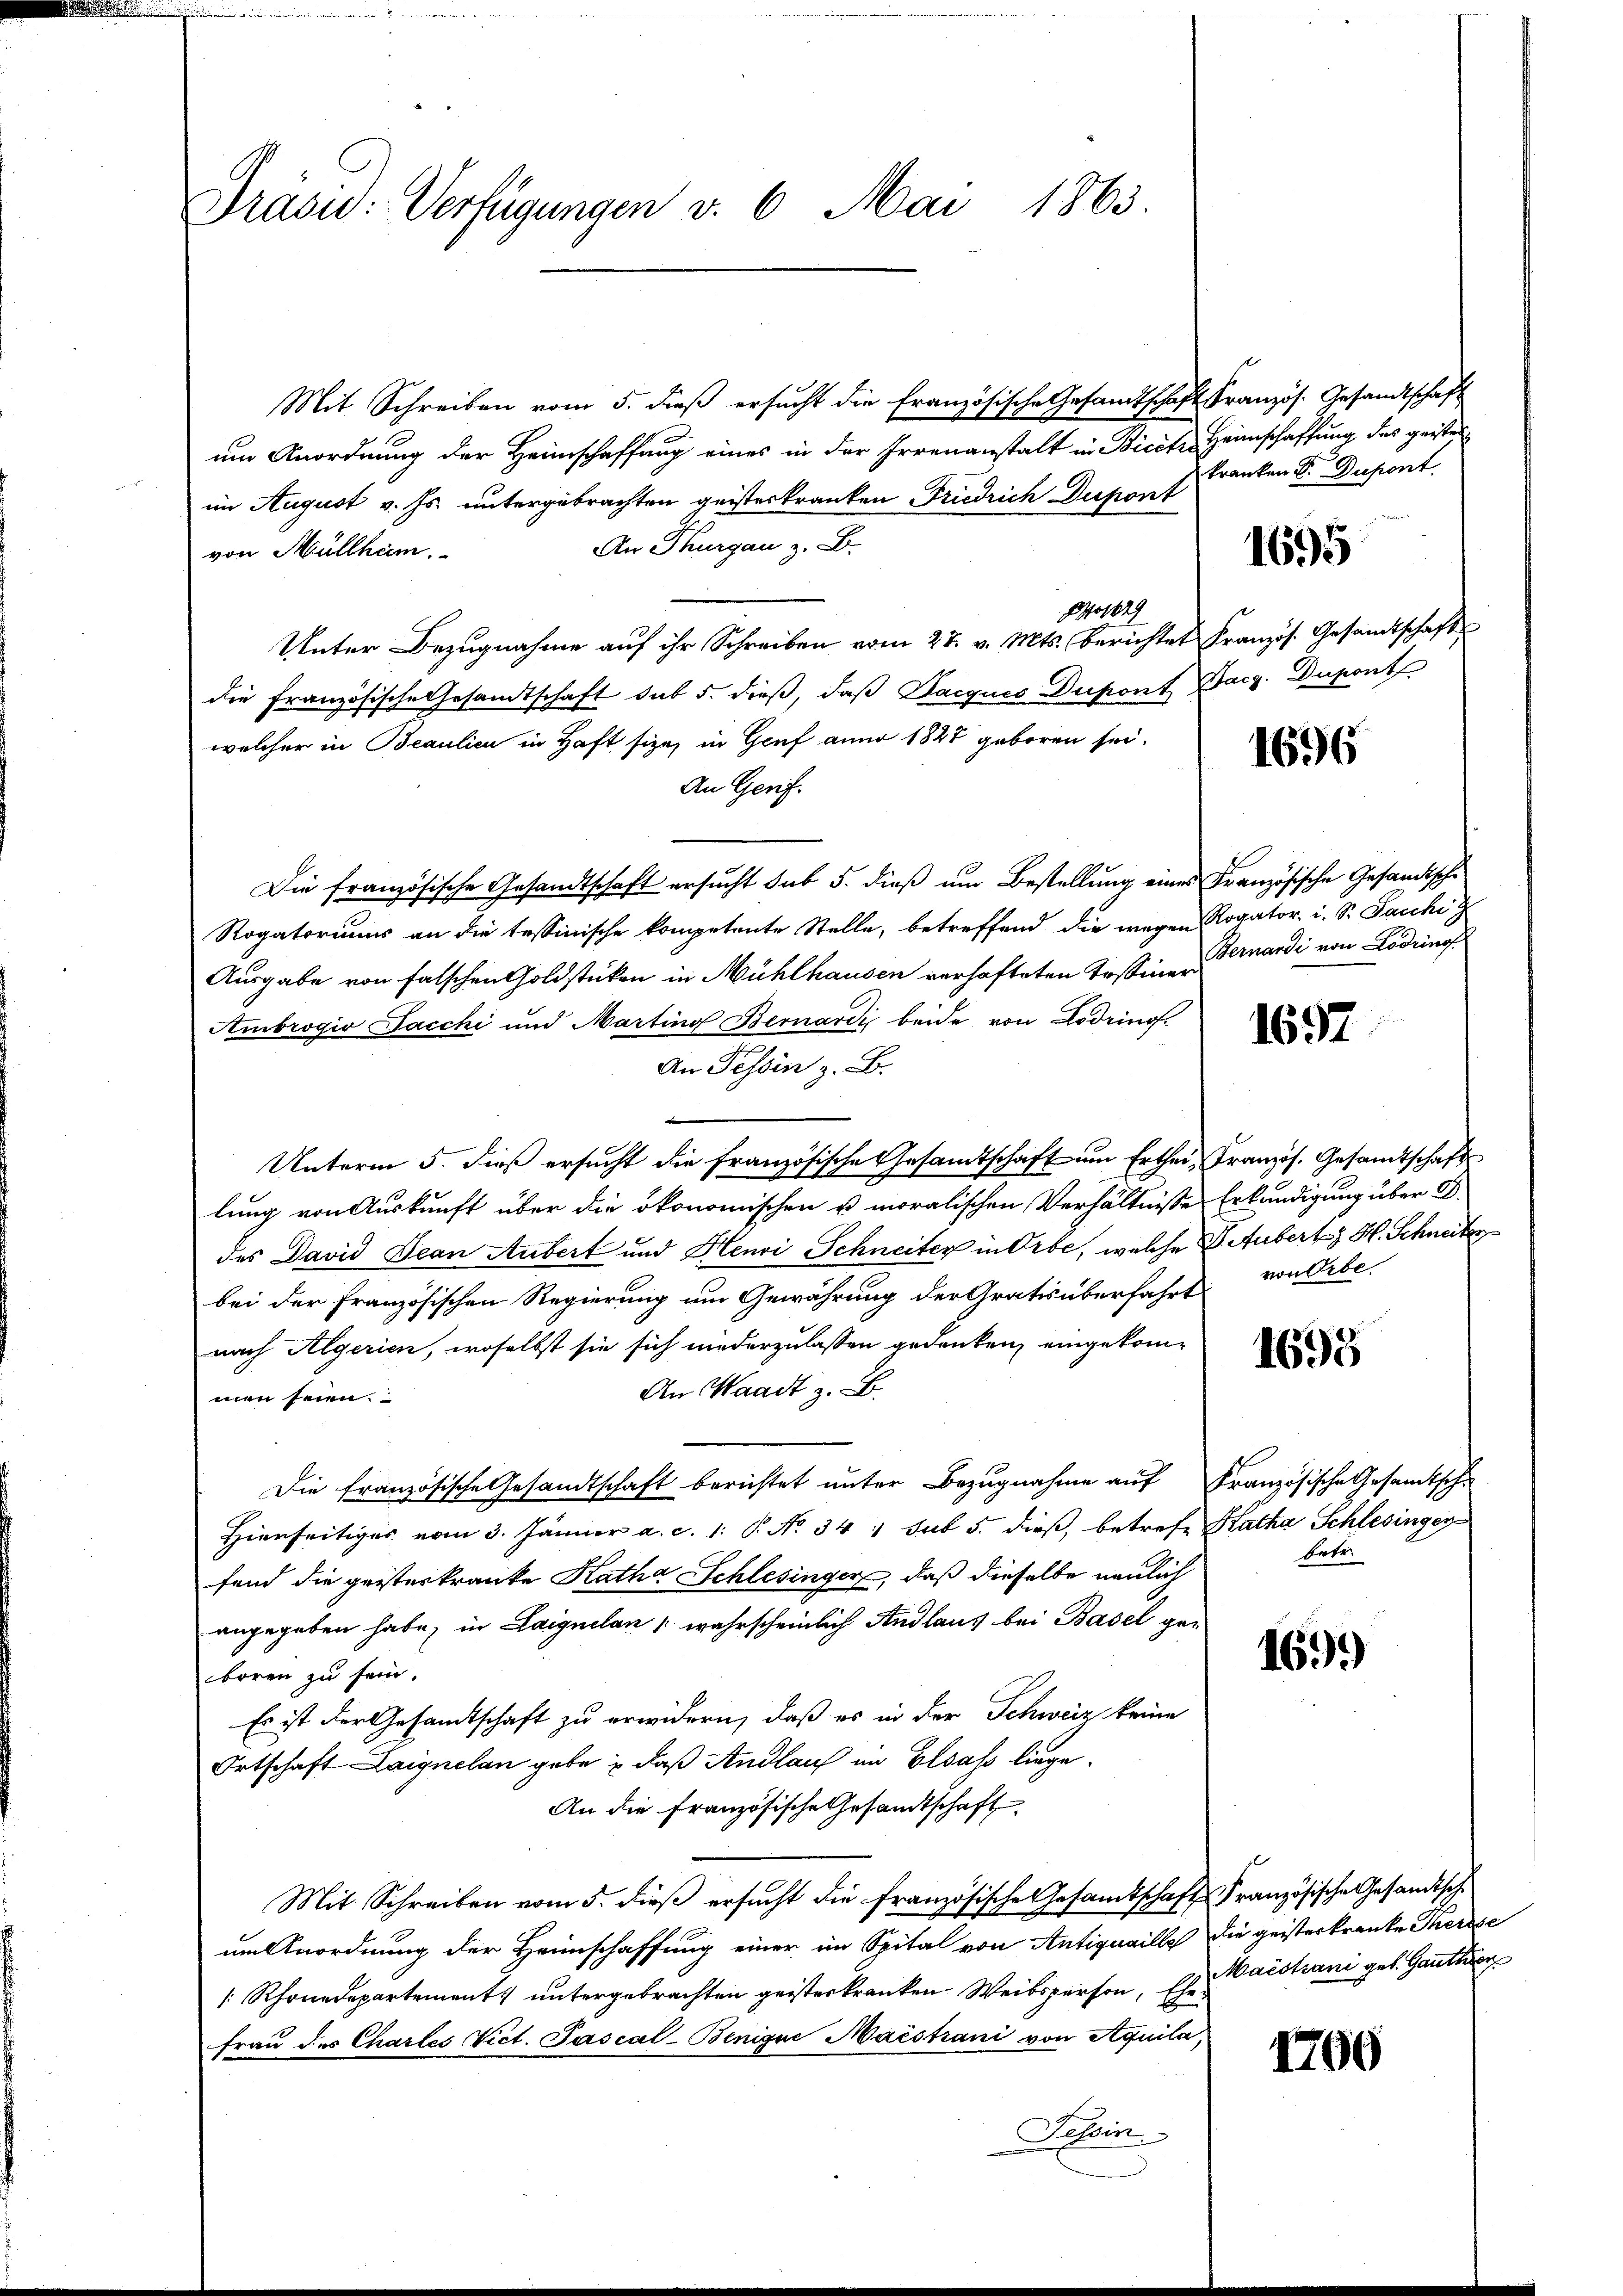
Präsid. Verfügungen v. 6. Mai 1863.

Mit Schreiben vom 5. dieß ersucht die französische Gesamtschaft Französ. Gesandtschaft
um Anordnung der Heimschaffung eines in der Irrenanstalt in Bicet Heimschaffung des geisten
im August v. Js. untergebrachten geisterkranken Friedrich Dupont
An Thurgau z. B.
von Müllham.
Pos
Unter Bezugnahme aŭf ihr Schreiben vom 27. v. Mts. berichtet Französ. Gesandtschaft
die französische Gesandtschaft sub 5. dieß, daβ Bacques Dupont Bacz. Dupont
welcher in Beaulici in Haft sie, in Genf anno 1888 geboren sei.
An Gerif.
Die französische Gesandtschaft ersucht sub 5. dieß um Bestellung eines Französische Gesandtsche
Rogatoriums an die tessinische kompetente Stelle, betreffend die wegen Rogator. i. S. Paschi
Ausgabe von falschen Goldstücken in Mühlhausen verhafteten Erstiner
Ambrogio Jacchi und Marting Bernardi beide von Lodrinof.
An Tessin z. B.
B
Unterm 5. dieß ersucht die französische Gesamtschaft um Erthei Französ. Gesamtschaft
lung von Auskunft über die ökonomischen u. moralischen Verhältnisse Erkundigung über D
des David Jean Aubert und Henri Schneiter in Orbe, welche B. Aubert H. Schneiter
bei der Französischen Regierung um Gewährung der Gratis überfahrt
nach Algerien, woselbst sie sich niederzulassen gedenken, eingekom¬
An Waadt z. B.
men seien.
Die französische Gesandtschaft berichtet unter Bezugnahme auf Französische Gesamtsch¬
Hierseitiges vom 3. Jänner a. c. 1. P. No 34. sub 5. dieß, betrefe Katha Schlesingen
fend die geisteskranke Katha Schlesingen, daß dieselbe neulich
angegeben habe, in Laignilan (wahrscheinlich Andlaus bei Basel geboren zu sein.
Es ist der Gesandtschaft zu erwidern, daß es in der Schweiz keine
Ortschaft Laignelan gebe & daß Andlauf an Elsass liege.
An die Französische Gesandtschaft
Mit Schreiben vom 5. dieß ersucht die französische Gesamtschafts Französische Gesandtschum Anordnung der Heimschaffung einer im Spital von Antiquaille die geisterkranken Therese
Rhonedepartement untergebrachten geisterkranken Weibsperson, Ehe waistrani geb. Ganthier
frau des Chartes Vict. Pascal-Benique Maistiani von Aquila,
Tessin.

kranken Sr. Dupont

1695

1696

Bernardi von Lodring

1697

von Erbe.

1695

betr.

169.)

1706